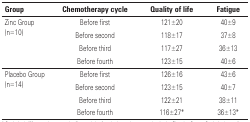
<table><thead><tr><td><b>Group</b></td><td><b>Chemotherapy cycle</b></td><td><b>Quality of life</b></td><td><b>Fatigue</b></td></tr></thead><tbody><tr><td rowspan="4">Zinc Group (n=10)</td><td>Before first</td><td>121±20</td><td>40±9</td></tr><tr><td>Before second</td><td>118±17</td><td>37±8</td></tr><tr><td>Before third</td><td>117±27</td><td>36±13</td></tr><tr><td>Before fourth</td><td>123±15</td><td>40±6</td></tr><tr><td rowspan="4">Placebo Group (n=14)</td><td>Before first</td><td>126±16</td><td>43±6</td></tr><tr><td>Before second</td><td>123±15</td><td>40±7</td></tr><tr><td>Before third</td><td>122±21</td><td>38±11</td></tr><tr><td>Before fourth</td><td>116±27*</td><td>36±13*</td></tr></tbody></table>